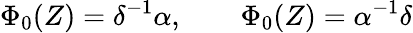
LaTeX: \Phi_{0}(Z)=\delta^{-1}\alpha,\qquad\Phi_{0}(Z)=\alpha^{-1}\delta